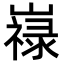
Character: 𡽋